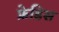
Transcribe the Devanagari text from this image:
फ्रेडिस